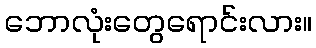
ဘောလုံးတွေရောင်းလား။